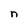
Character: n